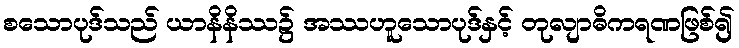
စသောပုဒ်သည် ယာနိနိဿ၌ အဿဟူသောပုဒ်နှင့် တုလျာဓိကရဏဖြစ်၍